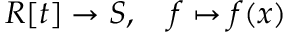
R [ t ] \to S , \quad f \mapsto f ( x )